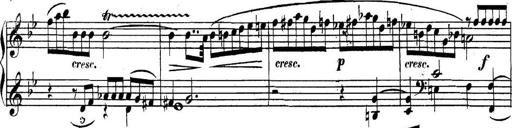
Title: Collected Piano Sonatas
Composer: Muzio Clementi